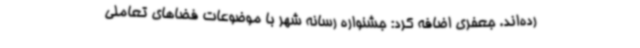
رده‌اند. جعفری اضافه کرد: جشنواره رسانه شهر با موضوعات فضاهای تعاملی